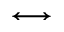
\longleftrightarrow